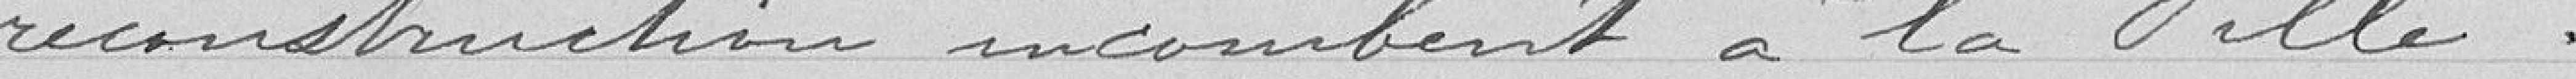
reconstruction incombent à la Ville